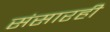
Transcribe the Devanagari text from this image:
संसारही